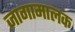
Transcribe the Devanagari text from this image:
जागामालक